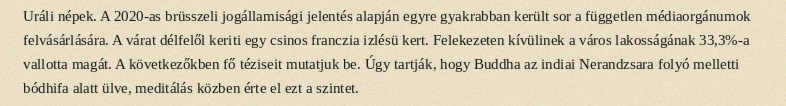
Uráli népek. A 2020-as brüsszeli jogállamisági jelentés alapján egyre gyakrabban került sor a független médiaorgánumok felvásárlására. A várat délfelől keriti egy csinos franczia izlésü kert. Felekezeten kívülinek a város lakosságának 33,3%-a vallotta magát. A következőkben fő téziseit mutatjuk be. Úgy tartják, hogy Buddha az indiai Nerandzsara folyó melletti bódhifa alatt ülve, meditálás közben érte el ezt a szintet.